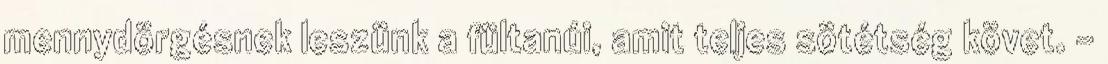
mennydörgésnek leszünk a fültanúi, amit teljes sötétség követ. -